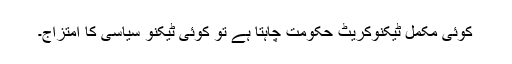
کوئی مکمل ٹیکنوکریٹ حکومت چاہتا ہے تو کوئی ٹیکنو سیاسی کا امتزاج۔